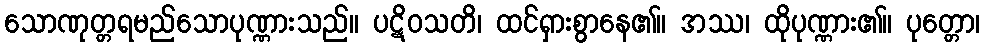
သောဏုတ္တရမည်သောပုဏ္ဏားသည်။ ပဋိဝသတိ၊ ထင်ရှားစွာနေ၏။ အဿ၊ ထိုပုဏ္ဏား၏။ ပုတ္တော၊